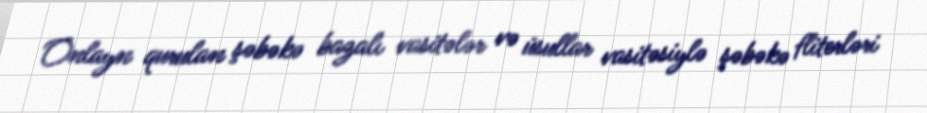
Onlayn qurulan şəbəkə bazalı vasitələr və üsullar vasitəsiylə şəbəkə fliterləri